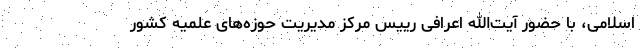
اسلامی، با حضور آیت‌الله اعرافی رییس مرکز مدیریت حوزه‌های علمیه کشور